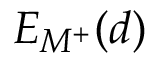
E _ { M ^ { + } } ( d )